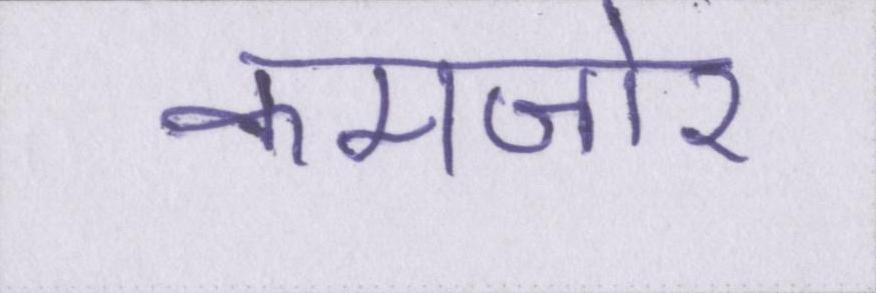
कमजोर